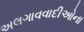
અલગાવવાદીઓના